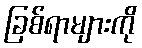
ခြစ်ရာများကို